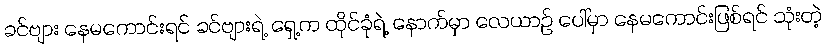
ခင်ဗျား နေမကောင်းရင် ခင်ဗျားရဲ့ ရှေ့က ထိုင်ခုံရဲ့ နောက်မှာ လေယာဉ် ပေါ်မှာ နေမကောင်းဖြစ်ရင် သုံးတဲ့